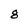
Character: 8